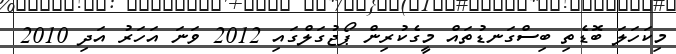
މިކަހަލަ ބޮޑެތި ބިސްގަނޑުތައް މީގެކުރިން ޕޯޖުގަލްގައި 2012 ވަނަ އަހަރު އަދި 2010